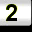
Digit: 2